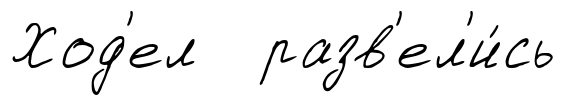
Ход'ел разв'ел'и́сь